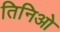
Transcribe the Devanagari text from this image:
तिनिओ